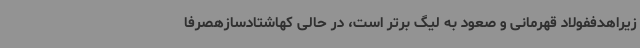
زیراهدففولاد قهرمانی و صعود به لیگ برتر است، در حالی کهاشتادسازهصرفا